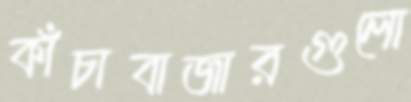
কাঁচাবাজারগুলো